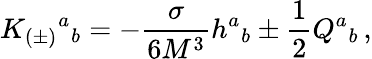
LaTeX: K_{(\pm)}{}^{a}{}_{b}=-{\frac{\sigma}{6M^{3}}}h^{a}{}_{b}\pm\frac 12Q^{a}{}_{b}\, ,